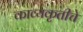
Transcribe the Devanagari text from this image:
काव्यकृतीचे